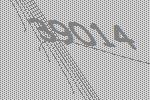
39014